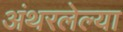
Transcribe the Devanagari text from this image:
अंथरलेल्या